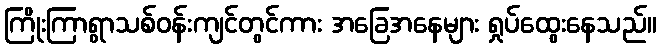
ကြိုးကြာရွာသစ်ဝန်းကျင်တွင်ကား အခြေအနေများ ရှုပ်ထွေးနေသည်။